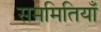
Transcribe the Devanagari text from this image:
सममितियाँ